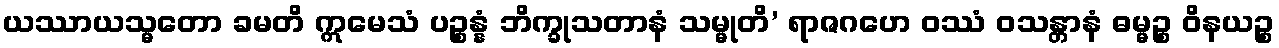
ယဿာယသ္မတော ခမတိ ဣမေသံ ပဉ္စန္နံ ဘိက္ခုသတာနံ သမ္မုတိ’ ရာဇဂဟေ ဝဿံ ဝသန္တာနံ ဓမ္မဉ္စ ဝိနယဉ္စ